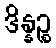
ဒိန္နဉ္စ